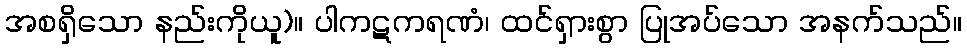
အစရှိသော နည်းကိုယူ)။ ပါကဋကရဏံ၊ ထင်ရှားစွာ ပြုအပ်သော အနက်သည်။